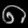
Digit: ၈